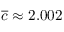
\overline { { c } } \approx 2 . 0 0 2